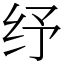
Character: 纾